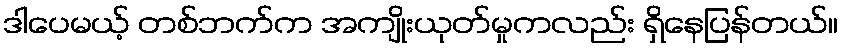
ဒါပေမယ့် တစ်ဘက်က အကျိုးယုတ်မှုကလည်း ရှိနေပြန်တယ်။